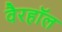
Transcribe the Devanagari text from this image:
वैरहॉल